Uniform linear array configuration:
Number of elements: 16
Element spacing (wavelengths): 0.75
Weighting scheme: kaiser
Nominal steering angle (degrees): -15
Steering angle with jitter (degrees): -15.901
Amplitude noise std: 0.05
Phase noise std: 0.05

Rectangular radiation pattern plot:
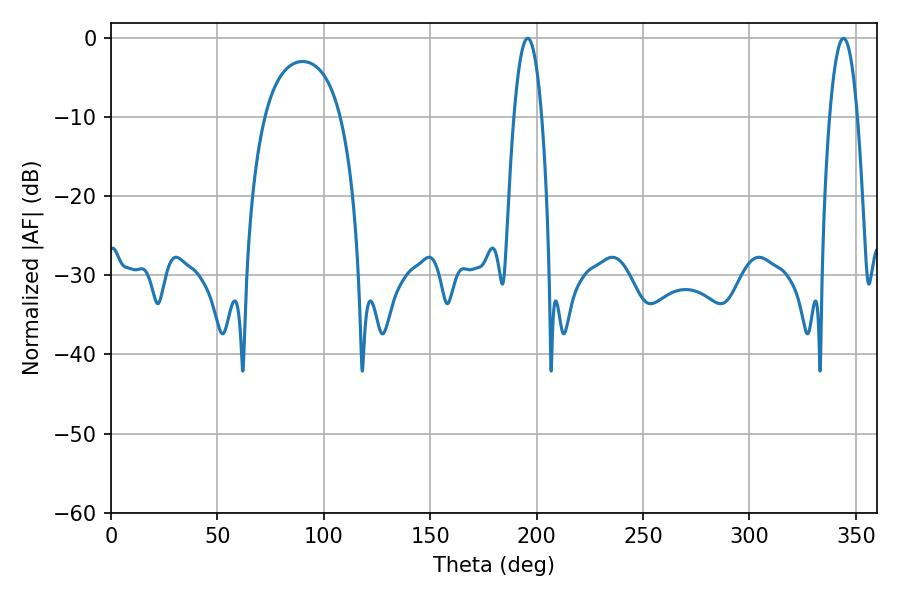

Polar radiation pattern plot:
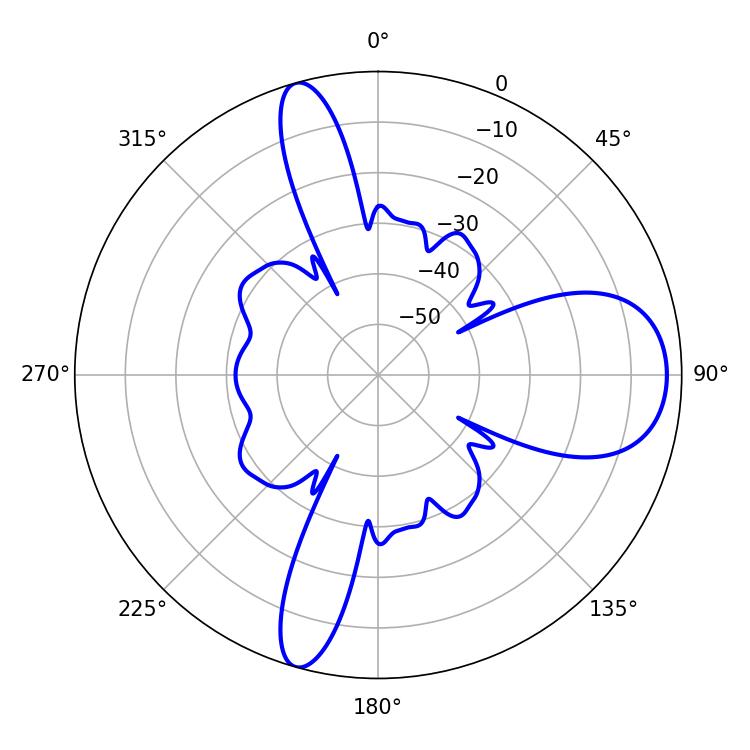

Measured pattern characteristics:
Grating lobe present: TRUE
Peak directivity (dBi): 11.296
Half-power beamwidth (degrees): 7.2
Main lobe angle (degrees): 195.84